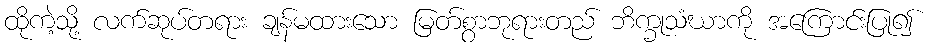
ထိုကဲ့သို့ လက်ဆုပ်တရား ချန်မထားသော မြတ်စွာဘုရားတည် ဘိက္ခုသံဃာကို အကြောင်းပြု၍